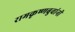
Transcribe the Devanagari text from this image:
रामकृष्णबुवांनी